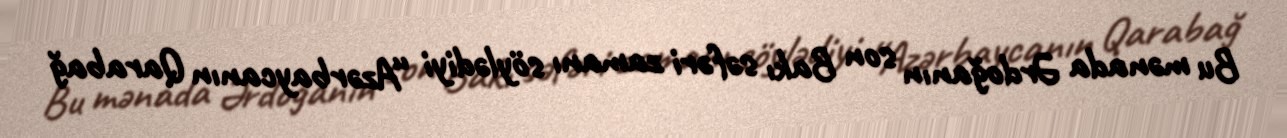
Bu mənada Ərdoğanın son Bakı səfəri zamanı söylədiyi “Azərbaycanın Qarabağ